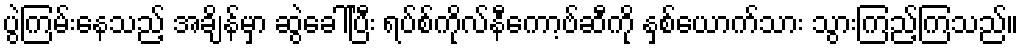
ပွဲကြမ်းနေသည့် အချိန်မှာ ဆွဲခေါ်ပြီး ရပ်စ်ကိုလ်နီကော့ဗ်ဆီကို နှစ်ယောက်သား သွားကြည့်ကြသည်။